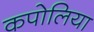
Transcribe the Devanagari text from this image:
कपोलिया